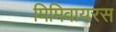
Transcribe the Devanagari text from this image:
मिमिवायरस